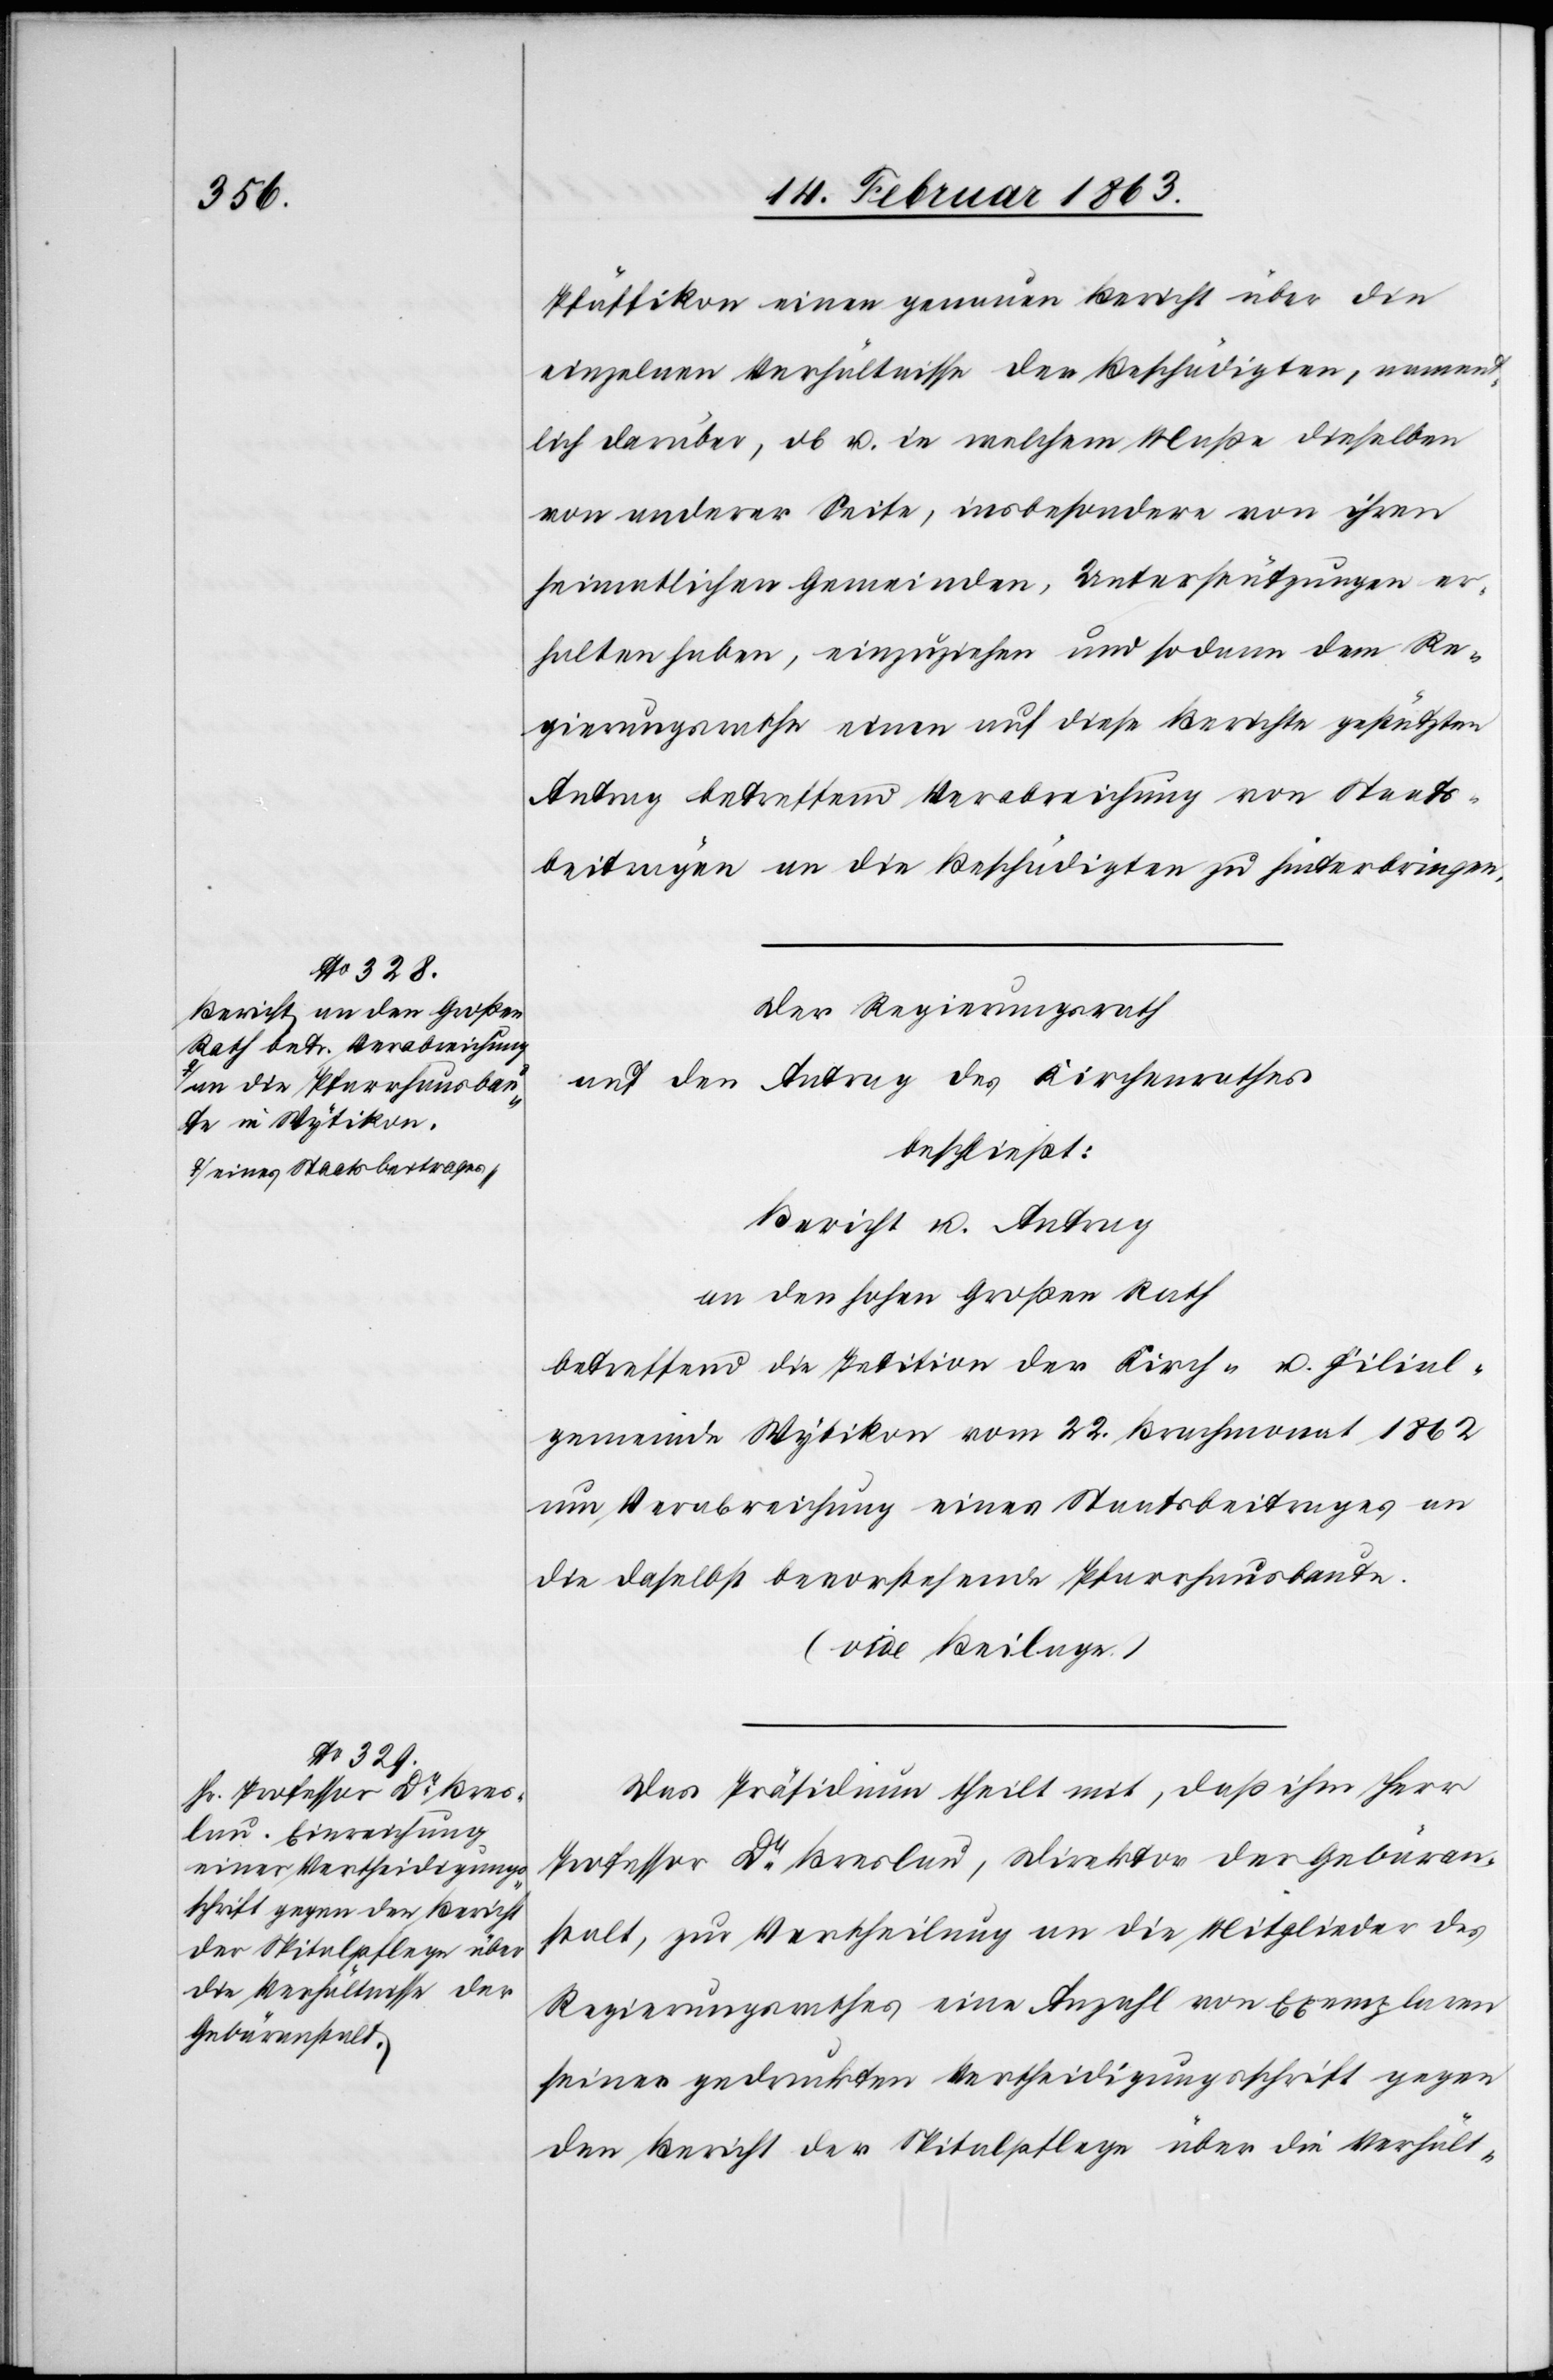
Pfäffikon einen genauen Bericht über die
einzelnen Verhältnisse der Beschädigten, nament¬
lich darüber, ob u. in welchem Maße dieselben
von anderer Seite, insbesondere von ihren
heimatlichen Gemeinden, Unterstützungen er¬
halten haben, einzuziehen und sodann dem Re¬
gierungsrathe einen auf diese Berichte gestützten
Antrag betreffend Verabreichung von Staats¬
beiträgen an die Beschädigten zu hinterbringen.
Der Regierungsrath
auf den Antrag des Kirchenrathes
beschließt:
Bericht u. Antrag
an den hohen Großen Rath
betreffend die Petition der Kirch- u. Filial¬
gemeinde Wytikon vom 22. Brachmonat 1862
um Verabreichung eines Staatsbeitrages an
die daselbst bevorstehende Pfarrhausbaute.
(wie Beilage.)
Das Präsidium theilt mit, daß ihm Herr
Professor Dr Breslau, Direktor der Gebäran¬
stalt, zur Vertheilung an die Mitglieder des
Regierungsrathes eine Anzahl von Exemplaren
seiner gedruckten Vertheidigungsschrift gegen
den Bericht der Spitalpflege über die Verhält-